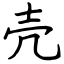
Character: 壳